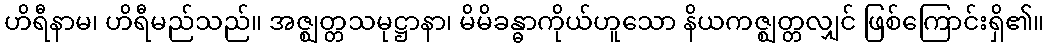
ဟိရီနာမ၊ ဟိရီမည်သည်။ အဇ္ဈတ္တသမုဋ္ဌာနာ၊ မိမိခန္ဓာကိုယ်ဟူသော နိယကဇ္ဈတ္တလျှင် ဖြစ်ကြောင်းရှိ၏။